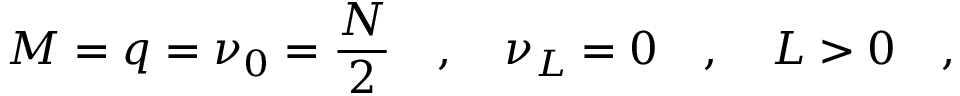
M = q = \nu _ { 0 } = \frac { N } { 2 } \quad , \quad \nu _ { L } = 0 \quad , \quad L > 0 \quad ,